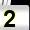
Digit: 2